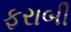
ફરાબી